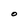
Character: O